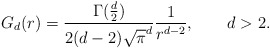
\begin{align*}G_d(r)=\frac{\Gamma(\frac{d}{2})}{2(d-2)\sqrt{\pi}^d}\frac{1}{r^{d-2}},\qquad d>2.\end{align*}